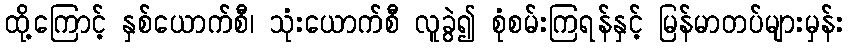
ထို့ကြောင့် နှစ်ယောက်စီ၊ သုံးယောက်စီ လူခွဲ၍ စုံစမ်းကြရန်နှင့် မြန်မာတပ်များမှန်း